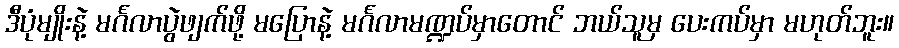
ဒီပုံမျိုးနဲ့ မင်္ဂလာပွဲဖျက်ဖို့ မပြောနဲ့ မင်္ဂလာမဏ္ဍပ်မှာတောင် ဘယ်သူမှ ပေးကပ်မှာ မဟုတ်ဘူး။